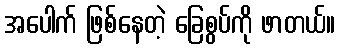
အပေါက် ဖြစ်နေတဲ့ ခြေစွပ်ကို ဖာတယ်။